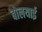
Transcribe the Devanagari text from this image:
बोलयाई